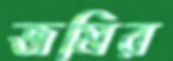
জমির